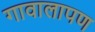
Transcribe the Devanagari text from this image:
गावालापण